Madras plague regulations and rules - Volume 2
Disease focus: Plague
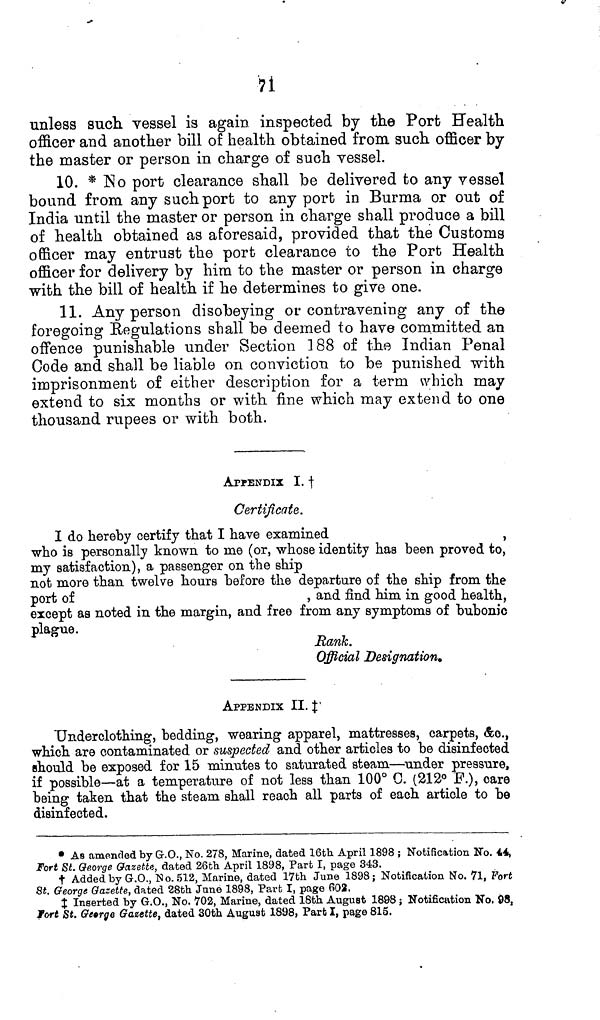
71
unless such vessel is again inspected by the Port Health
officer and another bill of health obtained from such officer by
the master or person in charge of such vessel.
10. * No port clearance shall be delivered to any vessel
bound from any such port to any port in Burma or out of
India until the master or person in charge shall produce a bill
of health obtained as aforesaid, provided that the Customs
officer may entrust the port clearance to the Port Health
officer for delivery by him to the master or person in charge
with the bill of health if he determines to give one.
11. Any person disobeying or contravening any of the
foregoing Regulations shall be deemed to have committed an
offence punishable under Section 188 of the Indian Penal
Code and shall be liable on conviction to be punished with
imprisonment of either description for a term which may
extend to six months or with fine which may extend to one
thousand rupees or with both.
APPENDIX I. †
Certificate.
I do hereby certify that I have examined
,
who is personally known to me (or, whose identity has been proved to,
my satisfaction), a passenger on the ship
not more than twelve hours before the departure of the ship from the
port of
, and find him in good health,
except as noted in the margin, and free from any symptoms of bubonic
plague.
Rank.
Official Designation.
APPENDIX II. ‡
Underclothing, bedding, wearing apparel, mattresses, carpets, &c.,
which are contaminated or suspected and other articles to be disinfected
should be exposed for 15 minutes to saturated steam—under pressure,
if possible—at a temperature of not less than 100° C. (212° F.), care
being taken that the steam shall reach all parts of each article to be
disinfected.
* As amended by G.O., No. 278, Marine, dated 16th April 1898 ; Notification No. 44,
Fort St. George Gazette, dated 26th April 1898, Part I, page 343.
† Added by G.O., No. 512, Marine, dated 17th June 1898; Notification No. 71, Port
St. George Gazette, dated 28th June 1898, Part I, page 602,
‡ Inserted by G.O., No. 702, Marine, dated 18th August 1898; Notification No. 98,
Fort St. George Gazette, dated 30th August 1898, Part I, page 815.